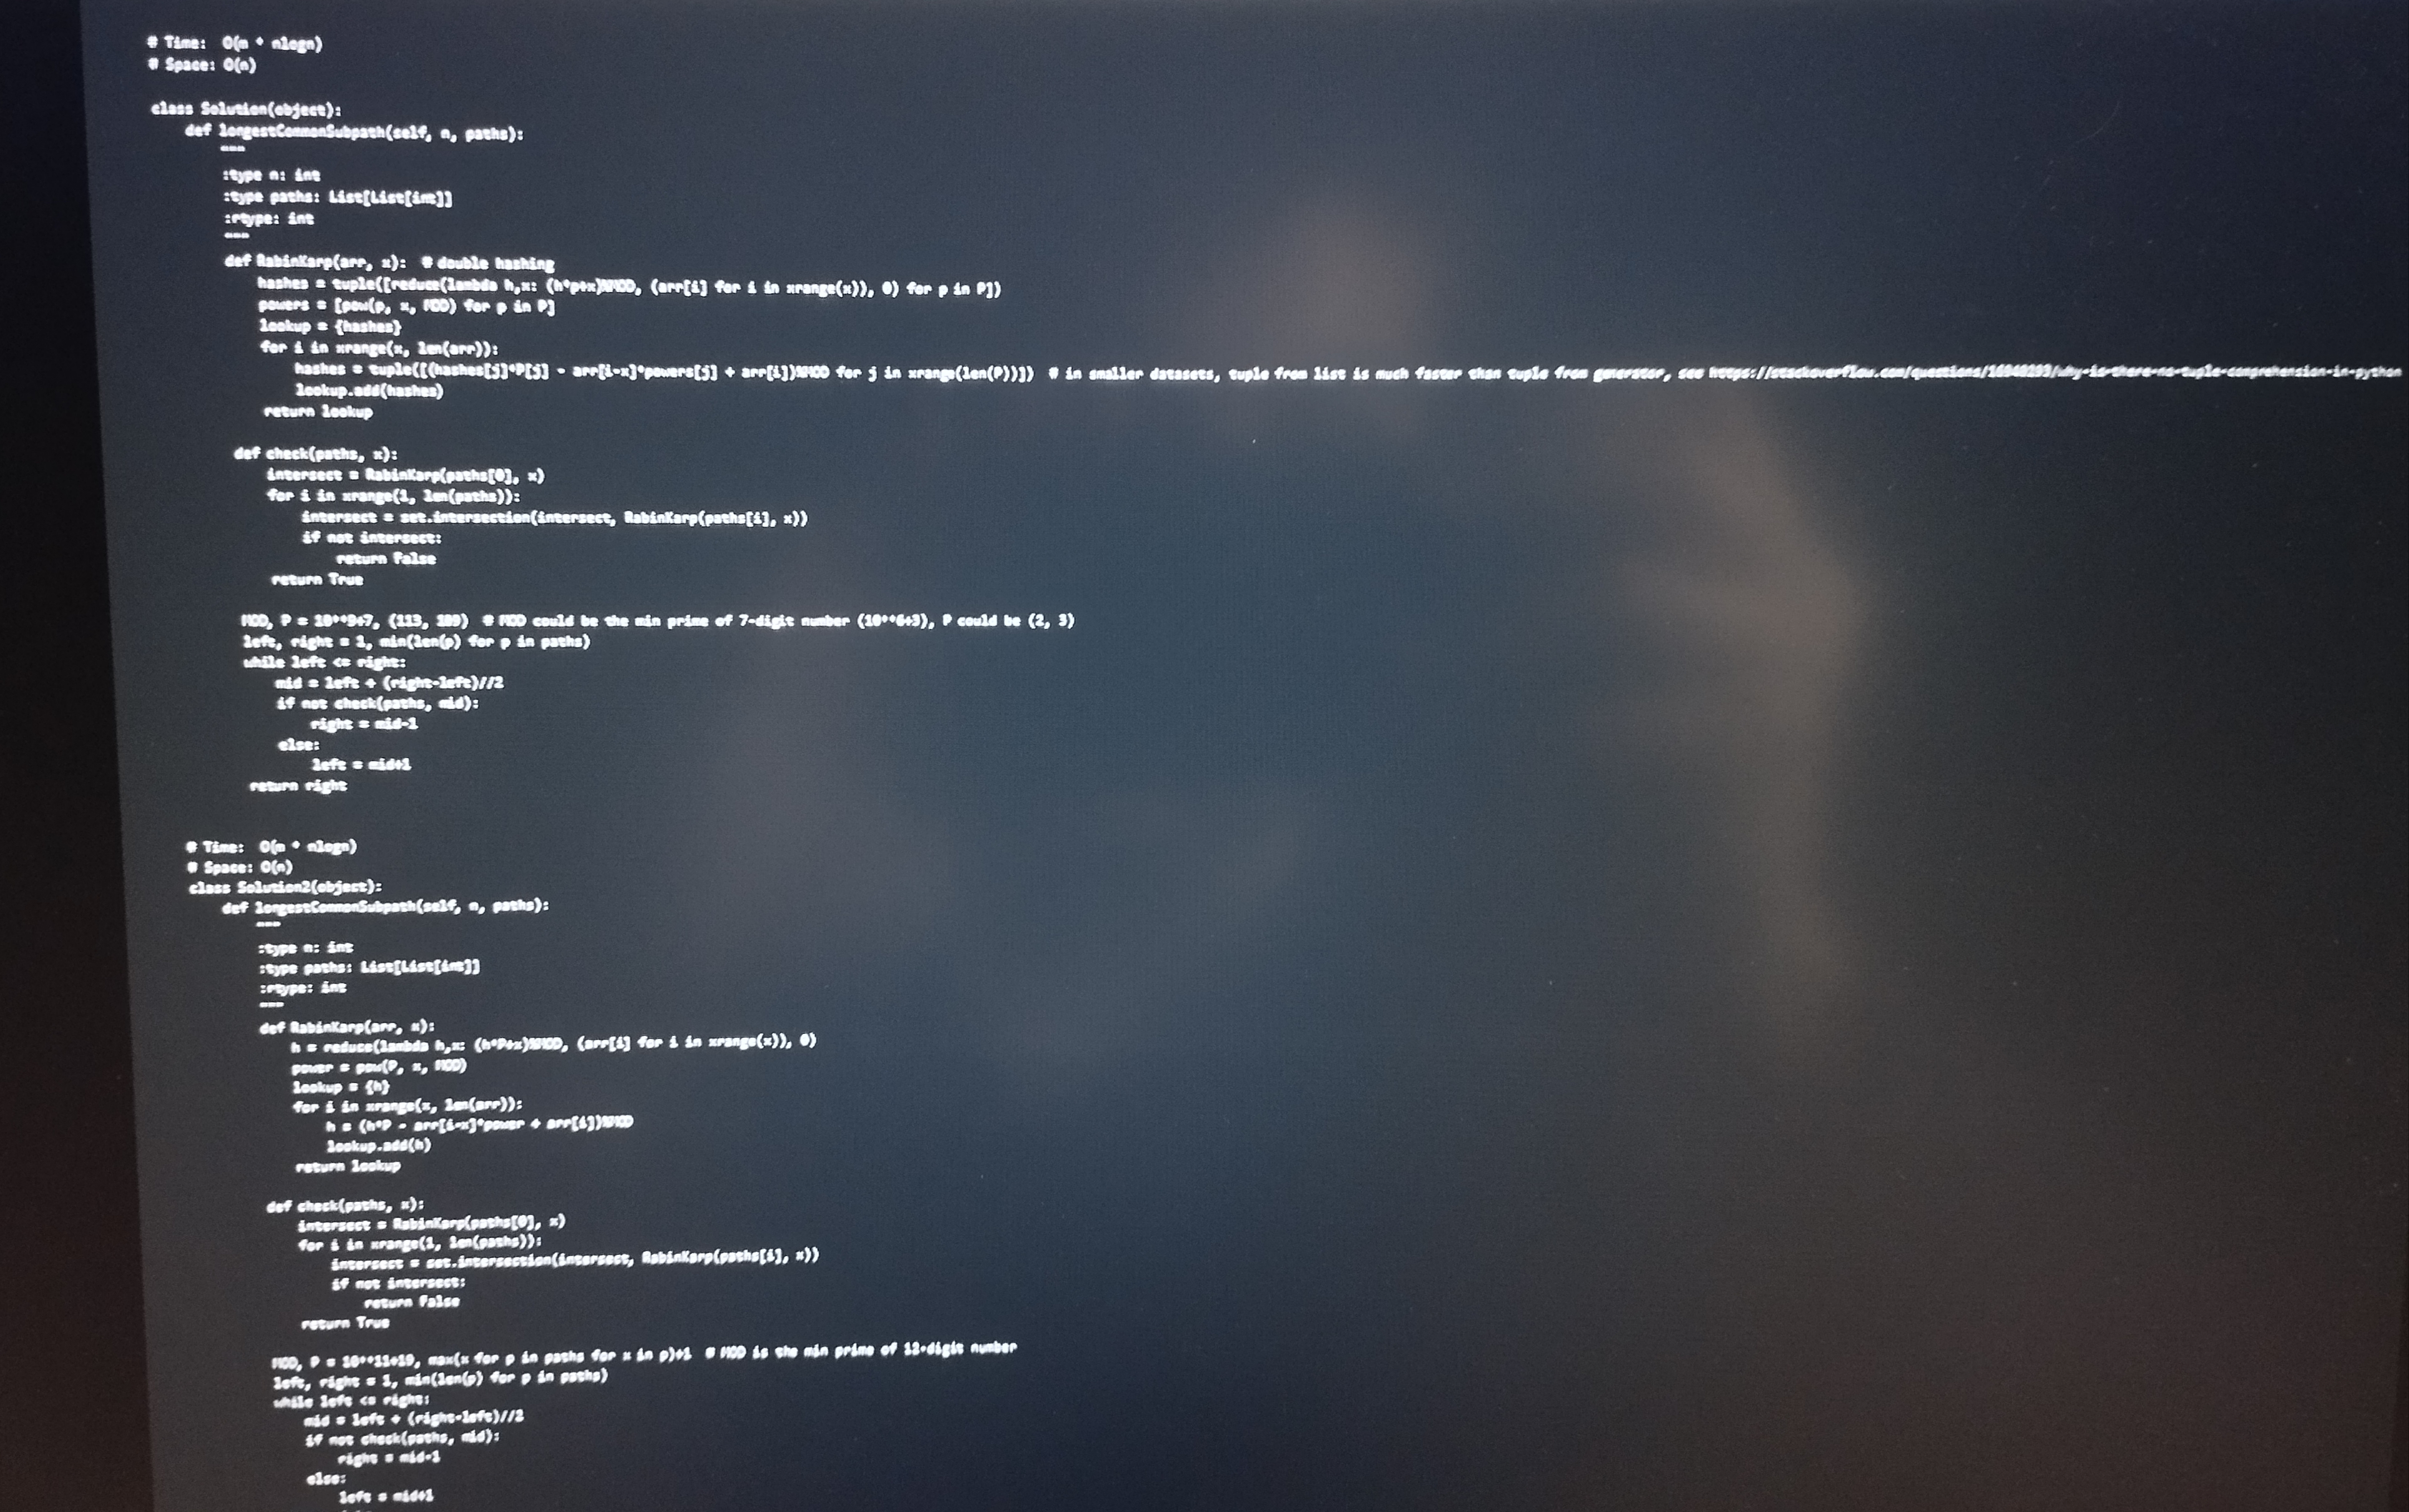
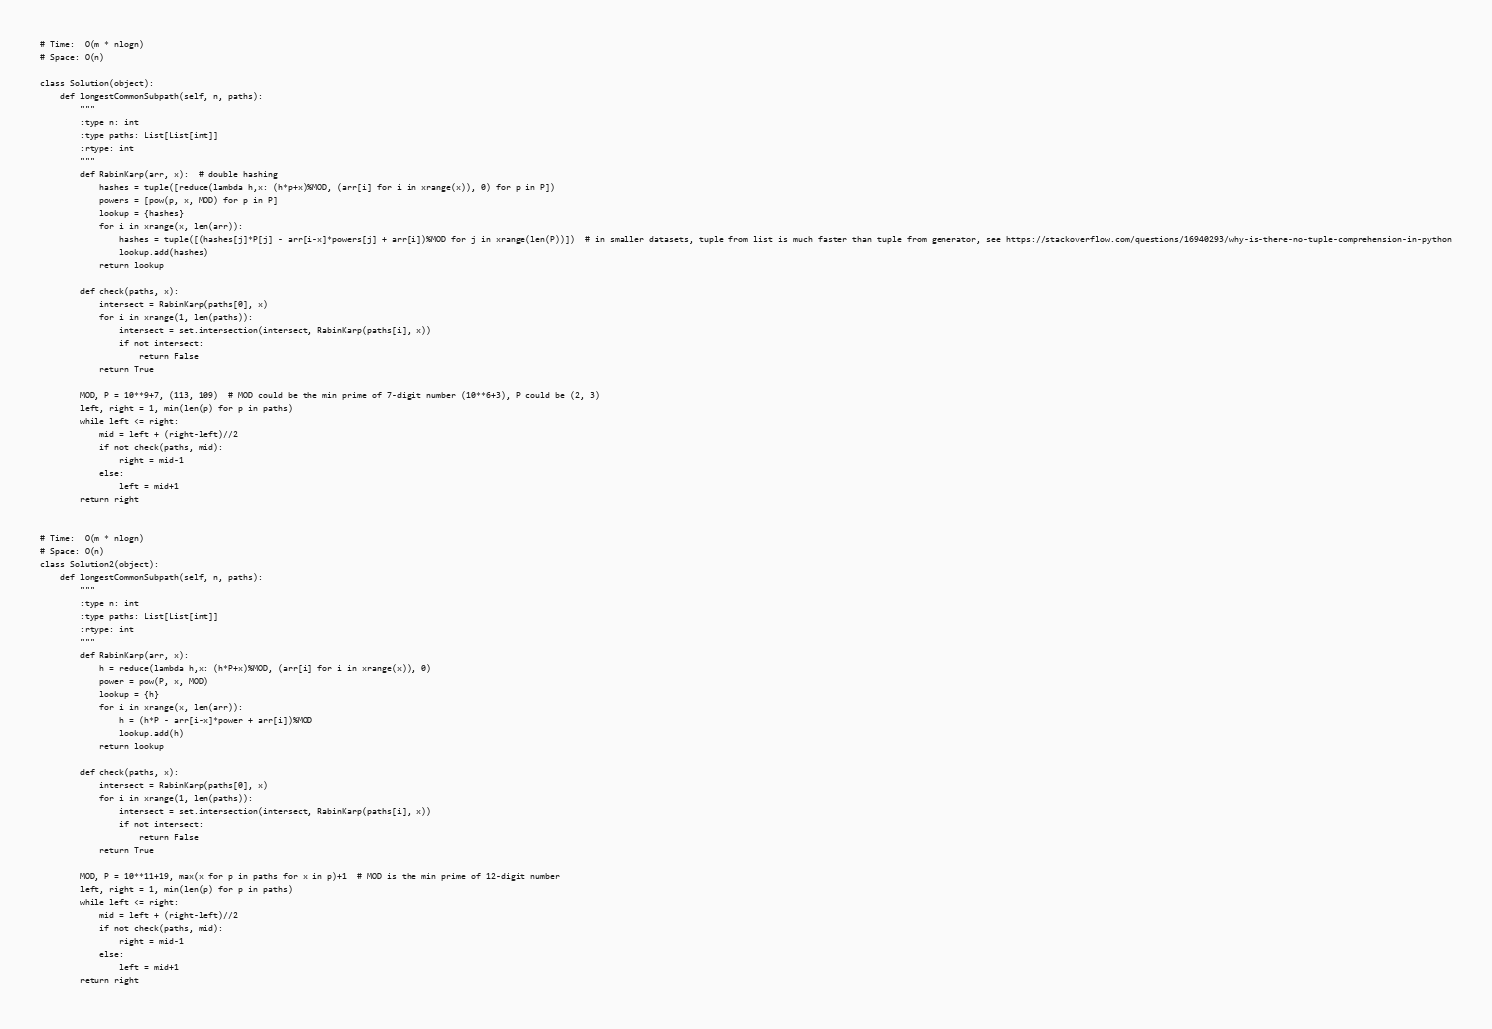
# Time:  O(m * nlogn)
# Space: O(n)

class Solution(object):
    def longestCommonSubpath(self, n, paths):
        """
        :type n: int
        :type paths: List[List[int]]
        :rtype: int
        """
        def RabinKarp(arr, x):  # double hashing
            hashes = tuple([reduce(lambda h,x: (h*p+x)%MOD, (arr[i] for i in xrange(x)), 0) for p in P])
            powers = [pow(p, x, MOD) for p in P]
            lookup = {hashes}
            for i in xrange(x, len(arr)):
                hashes = tuple([(hashes[j]*P[j] - arr[i-x]*powers[j] + arr[i])%MOD for j in xrange(len(P))])  # in smaller datasets, tuple from list is much faster than tuple from generator, see https://stackoverflow.com/questions/16940293/why-is-there-no-tuple-comprehension-in-python
                lookup.add(hashes)
            return lookup

        def check(paths, x):
            intersect = RabinKarp(paths[0], x)
            for i in xrange(1, len(paths)):
                intersect = set.intersection(intersect, RabinKarp(paths[i], x))
                if not intersect:
                    return False
            return True

        MOD, P = 10**9+7, (113, 109)  # MOD could be the min prime of 7-digit number (10**6+3), P could be (2, 3)
        left, right = 1, min(len(p) for p in paths)
        while left <= right:
            mid = left + (right-left)//2
            if not check(paths, mid):
                right = mid-1
            else:
                left = mid+1
        return right

# Time:  O(m * nlogn)
# Space: O(n)
class Solution2(object):
    def longestCommonSubpath(self, n, paths):
        """
        :type n: int
        :type paths: List[List[int]]
        :rtype: int
        """
        def RabinKarp(arr, x):
            h = reduce(lambda h,x: (h*P+x)%MOD, (arr[i] for i in xrange(x)), 0)
            power = pow(P, x, MOD)
            lookup = {h}
            for i in xrange(x, len(arr)):
                h = (h*P - arr[i-x]*power + arr[i])%MOD
                lookup.add(h)
            return lookup

        def check(paths, x):
            intersect = RabinKarp(paths[0], x)
            for i in xrange(1, len(paths)):
                intersect = set.intersection(intersect, RabinKarp(paths[i], x))
                if not intersect:
                    return False
            return True

        MOD, P = 10**11+19, max(x for p in paths for x in p)+1  # MOD is the min prime of 12-digit number
        left, right = 1, min(len(p) for p in paths)
        while left <= right:
            mid = left + (right-left)//2
            if not check(paths, mid):
                right = mid-1
            else:
                left = mid+1
        return right